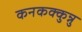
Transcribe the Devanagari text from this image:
कनकक्कुन्नु